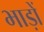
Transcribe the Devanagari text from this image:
भाड़ों